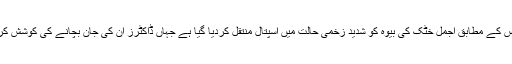
علاقہ پولیس کے مطابق اجمل خٹک کی بیوہ کو شدید زخمی حالت میں اسپتال منتقل کردیا گیا ہے جہاں ڈاکٹرز ان کی جان بچانے کی کوشش کررہے ہیں۔